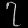
Digit: ၇